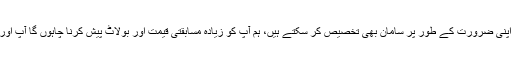
ہم قبضا کی مختلف اقسام پیدا کر سکتے ہیں اور اپنی ضرورت کے طور پر سامان بھی تخصیص کر سکتے ہیں، ہم آپ کو زیادہ مسابقتی قیمت اور بولاٹ پیش کرنا چاہوں گا آپ اور آپ کا وقت کے ساتھ طویل تعاون آپریشن ہے ۔